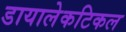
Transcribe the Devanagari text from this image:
डायालेकटिकल